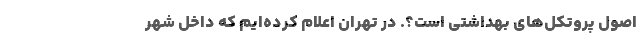
اصول پروتکل‌های بهداشتی است؟. در تهران اعلام کرده‌ایم که داخل شهر